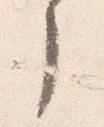
了